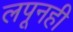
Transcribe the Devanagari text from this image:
लपूनही